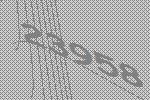
23958